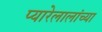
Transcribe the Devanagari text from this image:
प्यारेलालांच्या